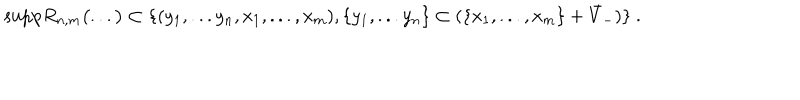
\mathrm { s u p p } R _ { n , m } \bigl ( . . . \bigr ) \subset \{ ( y _ { 1 } , . . . y _ { n } , x _ { 1 } , . . . , x _ { m } ) , \{ y _ { 1 } , . . . y _ { n } \} \subset ( \{ x _ { 1 } , . . . , x _ { m } \} + \bar { V } _ { - } ) \} \ .